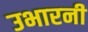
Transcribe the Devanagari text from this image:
उभारनी